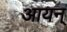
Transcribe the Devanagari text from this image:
आयन्